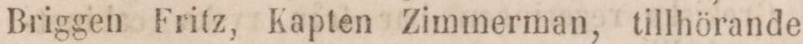
Briggen Fritz, Kapten Zimmerman, tillhörande